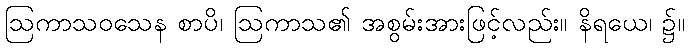
ဩကာသဝသေန စာပိ၊ ဩကာသ၏ အစွမ်းအားဖြင့်လည်း။ နိရယေ၊ ၌။